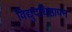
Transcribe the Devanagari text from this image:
विद्युदधिष्ठापन